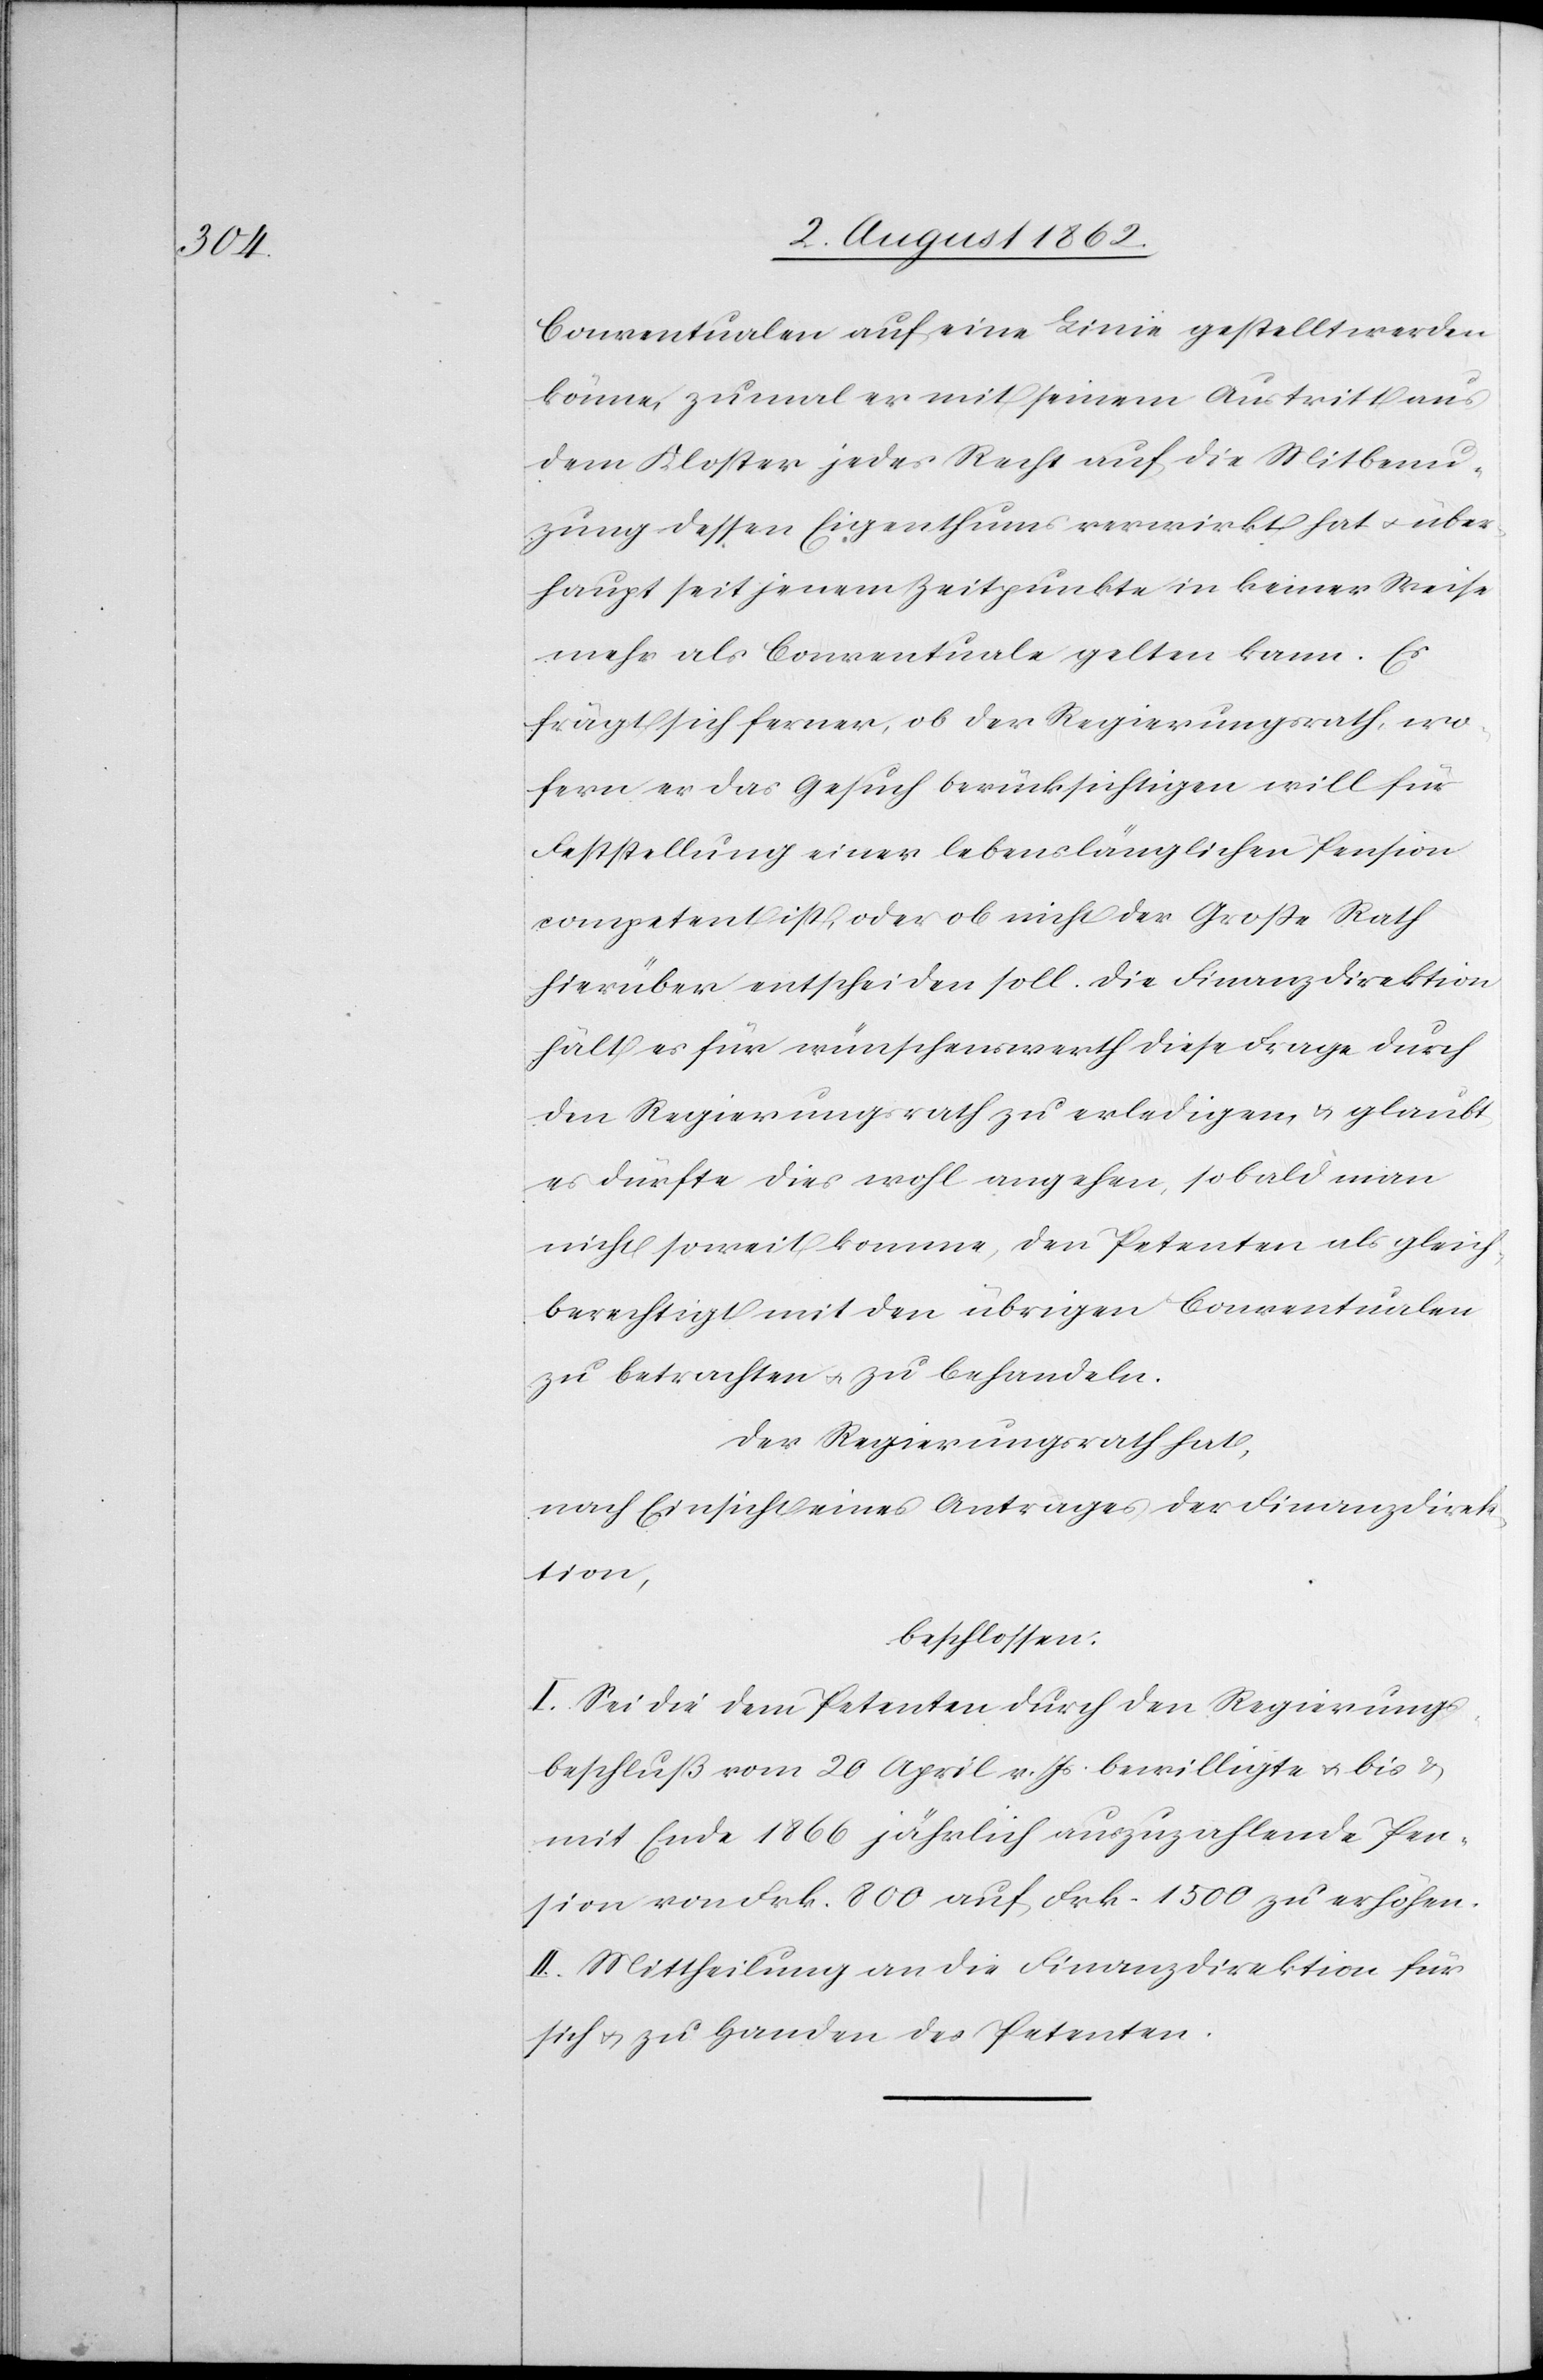
Conventualen auf eine Linie gestellt werden
könne, zumal er mit seinem Austritt aus
dem Kloster jedes Recht auf die Mitbenu¬
zung dessen Eigenthums verwirkt hat u. über¬
haupt seit jenem Zeitpunkte in keiner Weise
mehr als Conventuale gelten kann. Es
frägt sich ferner, ob der Regierungsrath, wo¬
fern er das Gesuch berücksichtigen will für
Feststellung einer lebenslänglichen Pension
competent ist, oder ob nicht der Große Rath
hierüber entscheiden soll. Die Finanzdirektion
hält es für wünschenswerth diese Frage durch
den Regierungsrath zu erledigen, u. glaubt,
es dürfte dies wohl angehen, sobald man
nicht soweit komme, den Petent als gleich¬
berechtigt mit den übrigen Conventualen
zu betrachten u. zu behandeln.
Der Regierungsrath hat,
nach Einsicht eines Antrages der Finanzdirek¬
tion,
beschlossen:
I. Sei die dem Petenten durch den Regierungs¬
beschluß vom 20. April v. Js. bewillige u. bis u.
mit Ende 1866 jährlich auszuzahlende Pen¬
sion von Frk. 800 auf Frk. 1500 zu erhöhen.
II. Mittheilung an die Finanzdirektion für
sich u. zu Handen des Petenten.